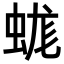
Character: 蛖